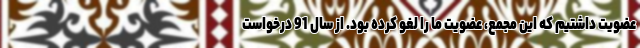
عضویت داشتیم که این مجمع، عضویت ما را لغو کرده بود. از سال 91 درخواست